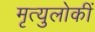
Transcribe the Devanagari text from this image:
मृत्युलोकीं